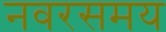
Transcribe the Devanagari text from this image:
नवरसमय